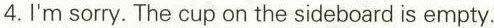
4.I'm sorry. The cup on the sideboard is empty.